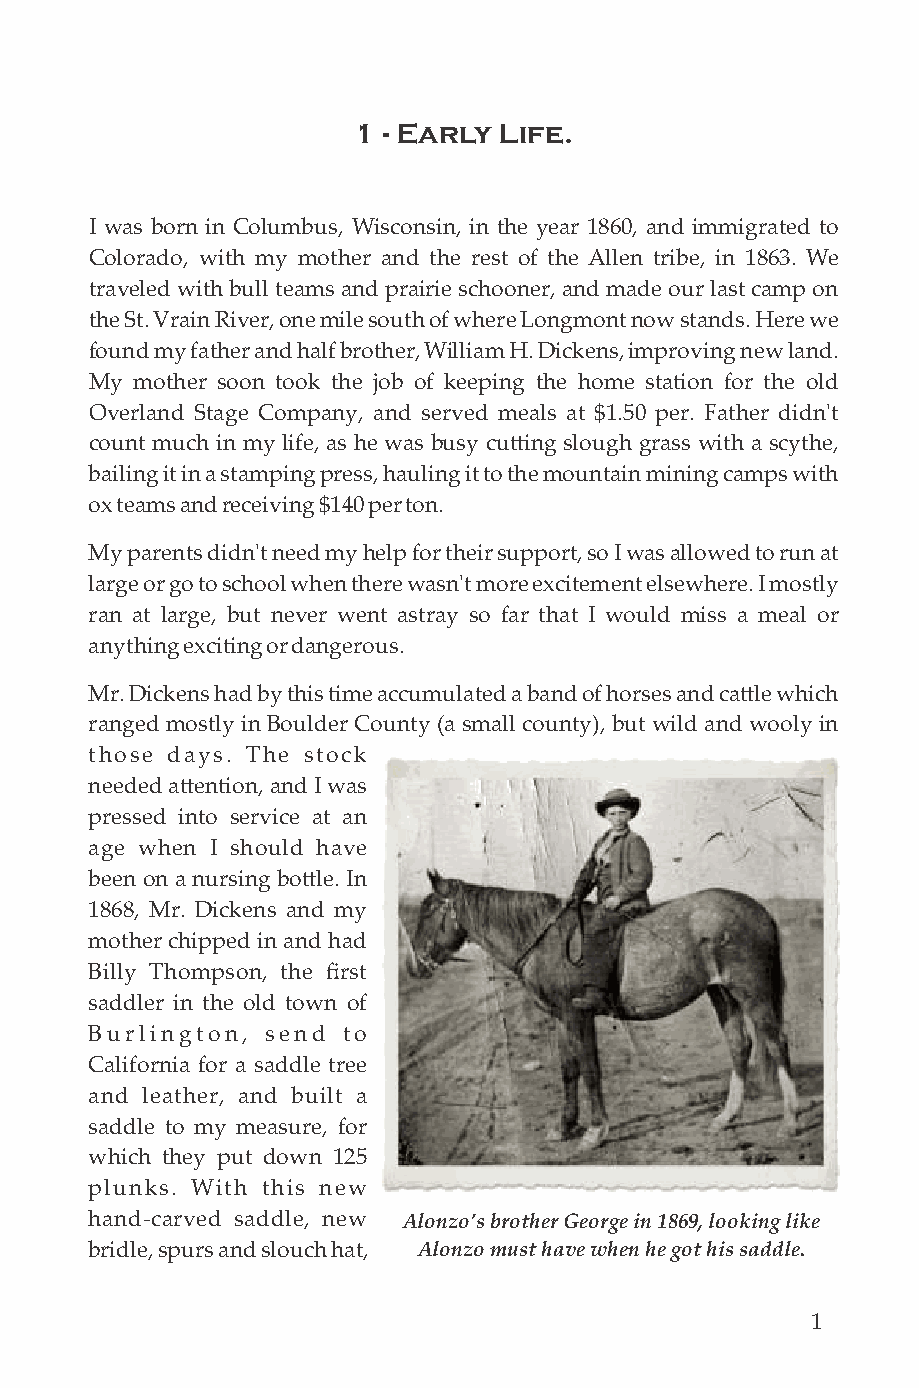
1 - Early Life.
 I was born in Columbus, Wisconsin, in the year 1860, and immigrated to
 Colorado, with my mother and the rest of the Allen tribe, in 1863. We
 traveled with bull teams and prairie schooner, and made our last camp on
 the St. Vrain River, one mile south of where Longmont now stands. Here we
 found my father and half brother, William H. Dickens, improving new land.
 My mother soon took the job of keeping the home station for the old
 Overland Stage Company, and served meals at $1.50 per. Father didn't
 count much in my life, as he was busy cuing slough grass with a scythe,
 bailing it in a stamping press, hauling it to the mountain mining camps with
 ox teams and receiving $140 per ton.
 My parents didn't need my help for their support, so I was allowed to run at
 large or go to school when there wasn't more excitement elsewhere. I mostly
 ran at large, but never went astray so far that I would miss a meal or
 anything exciting or dangerous.
 Mr. Dickens had by this time accumulated a band of horses and cale which
 ranged mostly in Boulder County (a small county), but wild and wooly in
 those days. The stock
 needed aention, and I was
 pressed into service at an
 age when I should have
 been on a nursing bole. In
 1868, Mr. Dickens and my
 mother chipped in and had
 Billy Thompson, the first
 saddler in the old town of
 Burlington, send to
 California for a saddle tree
 and leather, and built a
 saddle to my measure, for
 which they put down 125
 plunks. With this new
 hand-carved saddle, new Alonzo’s brother George in 1869, looking like
 bridle, spurs and slouch hat, Alonzo must have when he got his saddle.
 1